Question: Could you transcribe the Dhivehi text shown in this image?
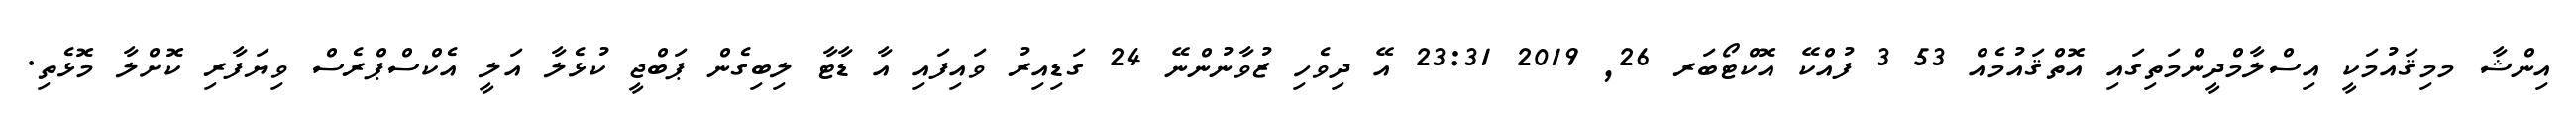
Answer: އިންޝާ މމިޤައުމަކީ އިސްލާމްދީންމަތިގައި އޮތްޤައުމެއް 53 3 ފުއްކޭ އޮކްޓޯބަރ 26, 2019 23:31 އޭ ދިވެހި ޒުވާނުންނޭ 24 ގަޑިއިރު ވައިފައި އާ ޑާޓާ ލިބިގެން ޕަބްޖީ ކުޅެލާ އަލީ އެކްސްޕްރެސް ވިޔަފާރި ކޮށްލާ މޮޅެތި.